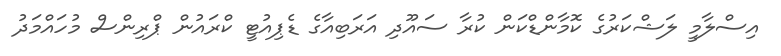
އިސްލާމީ ލަޝްކަރުގެ ކޮމާންޑްކަން ކުރާ ސައޫދި އަރަބިއާގެ ޑެޕިއުޓީ ކްރައުން ޕްރިންސް މުހައްމަދު